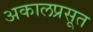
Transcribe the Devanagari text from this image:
अकालप्रसूत